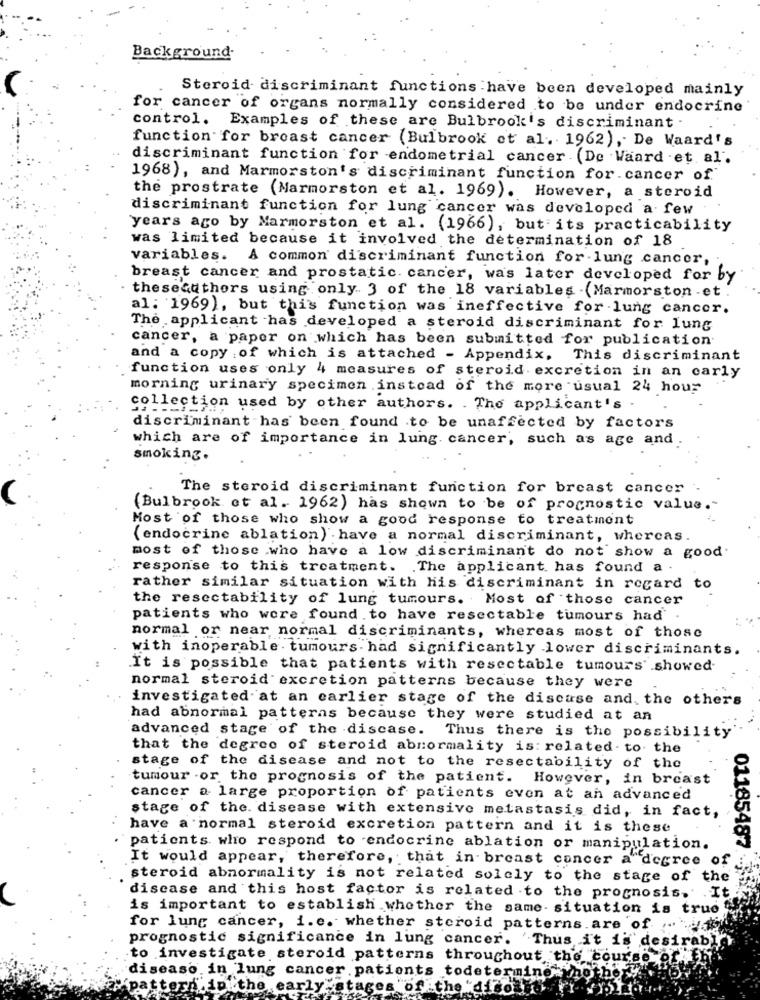
Background-
Steroid discriminant functions have been developed mainly
for cancer of organs normally considered to be under endocrine
control. Examples of these are Bulbrook's discriminant
function for breast cancer (Bulbrook et al. 1962), De Waard's
discriminant function for endometrial cancer. (De Waard . et al.
1968), and Marmorston's discriminant function for cancer of
the prostrate (Marmorston et al. 1969). However, a steroid
discriminant function for lung cancer was developed a few
years ago by Marmorston et al. (1966), but its practicability
was limited because it involved the determination of 18
variables. A common' discriminant function for-lung cancer,
breast cancer and prostatic cancer, was later developed for by
theseauthors using only. 3 of the 18 variables - (Marmorston .et.
al: 1969), but this function was ineffective for lung cancer.
The applicant has developed a steroid discriminant for lung
cancer, a paper on which has been submitted for publication
and a copy , of which is attached - Appendix. This discriminant
function uses only 4 measures of steroid excretion in an carly
morning urinary specimen instead of the more usual 24 hour
collection used by other authors. . The applicant's -
discriminant has been found to be unaffected by factors
which are of importance in lung cancer, such as age and
smoking.
The steroid discriminant function for breast cancer
(Bulbrook et al. 1962) has shown to be of prognostic value."
Most of those who show a good response to treatmont
(endocrine ablation) have a normal discriminant, whereas.
most of those who have a low discriminant do not show a good.
response to this treatment. The applicant has found a
rather similar situation with his discriminant in regard to
the resectability of lung tumours. Most of those cancer
patients who were found to have resectable tumours had
normal or near, normal discriminants, whereas most of those
with inoperable . tumours. had significantly lower discriminants.
.It is possible that patients with resectable tumours showed-
normal steroid excretion patterns because they were
investigated at an carlier stage of the discuse and. the others
had abnormal patterns because they were studied at an
advanced stage of the discase. Thus there is the possibility
that the degree of steroid abnormality is: related . to the
stage of the disease and not to the resectability of the
tumour .or the prognosis of the patient. However, in breast
cancer a large proportion of patients even at an advanced
stage of the. disease with extensive metastasis did, in fact,
have a normal steroid excretion pattern and it is these
patients who respond to endocrine ablation or manipulation.
01185487.
It would appear, therefore, that in breast cancer a degree
steroid abnormality is not related solely to the stage of the
disease and this host factor is related to the prognosis."
is important to establish whether the same- situation is true "
for lung cancer, i. e. whether steroid patterns are of
prognostic significance in lung cancer. 'Thus it is desiraby
to investigate steroid patterns throughout the course of h
othery
diseaso in lung cancer patients todeter
pitthe ear
he "
*diso